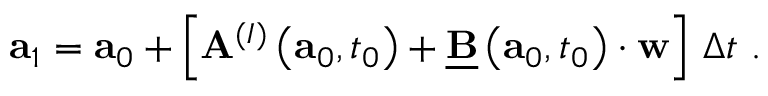
\mathbf { a } _ { 1 } = \mathbf { a } _ { 0 } + \left[ \mathbf { A } ^ { ( I ) } \left( \mathbf { a } _ { 0 } , t _ { 0 } \right) + \underline { { \mathbf { B } } } \left( \mathbf { a } _ { 0 } , t _ { 0 } \right) \cdot \mathbf { w } \right] \, \Delta t \, \, .